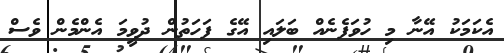
އެކަމަކު އޭނާ މި ހުވަފެނެއް ބަލައި އޭގެ ފަހަތުން ދުވީމަ އެންމެން ވެސް